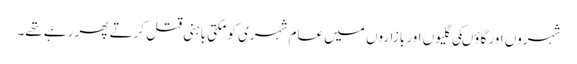
شہروں اور گاؤںکی گلیوں اور بازاروں میں عام شہری کو مکتی باہنی قتل کرتے پھر رہے تھے۔